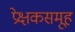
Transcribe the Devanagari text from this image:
प्रेक्षकसमूह